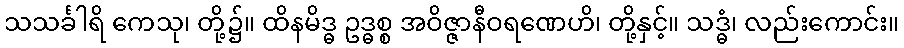
သသင်္ခါရိ ကေသု၊ တို့၌။ ထိနမိဒ္ဓ ဥဒ္ဓစ္စ အဝိဇ္ဇာနီဝရဏေဟိ၊ တို့နှင့်။ သဒ္ဓံ၊ လည်းကောင်း။